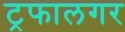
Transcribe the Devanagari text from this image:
ट्रफालगर